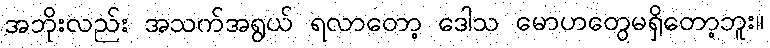
အဘိုးလည်း အသက်အရွယ် ရလာတော့ ဒေါသ မောဟတွေမရှိတော့ဘူး။